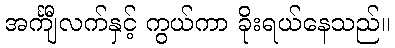
အင်္ကျီလက်နှင့် ကွယ်ကာ ခိုးရယ်နေသည်။